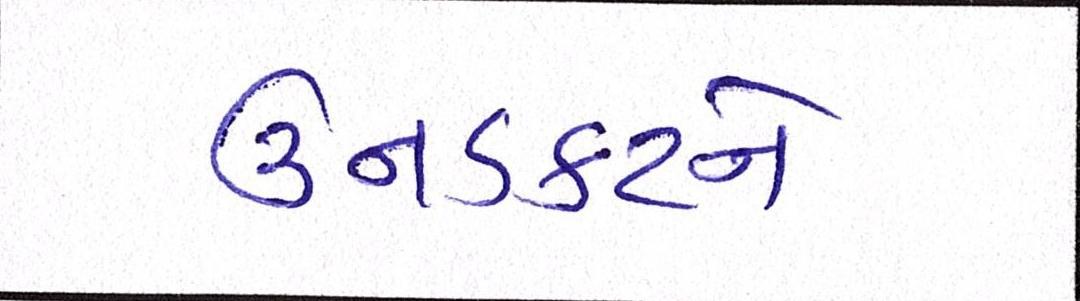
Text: ઉનડકટને